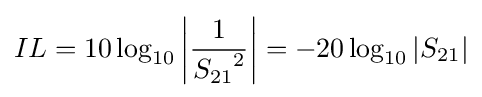
IL=10\log _{10}\left|{\frac {1}{{S_{21}}^{2}}}\right|=-20\log _{10}\left|S_{21}\right|